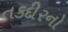
તકદીરનો